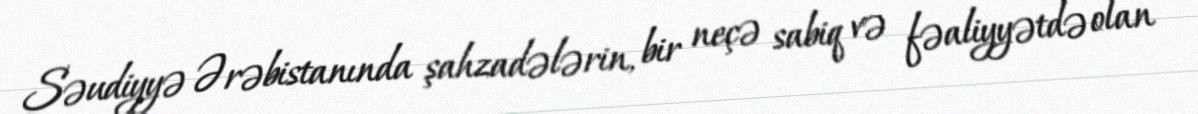
Səudiyyə Ərəbistanında şahzadələrin, bir neçə sabiq və fəaliyyətdə olan